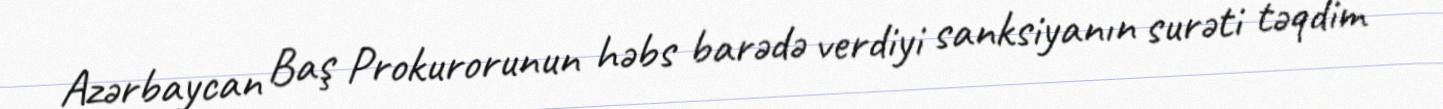
Azərbaycan Baş Prokurorunun həbs barədə verdiyi sanksiyanın surəti təqdim